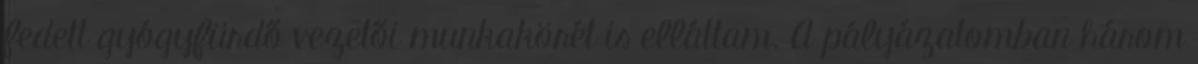
fedett gyógyfürdő vezetői munkakörét is elláttam. A pályázatomban három